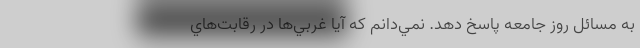
به مسائل روز جامعه پاسخ دهد. نمي‌دانم كه آيا غربي‌ها در رقابت‌هاي